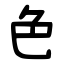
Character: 色